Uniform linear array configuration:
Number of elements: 4
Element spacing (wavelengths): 0.75
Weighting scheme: exponential
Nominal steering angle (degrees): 15
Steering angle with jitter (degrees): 15.052
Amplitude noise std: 0.05
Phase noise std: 0.05

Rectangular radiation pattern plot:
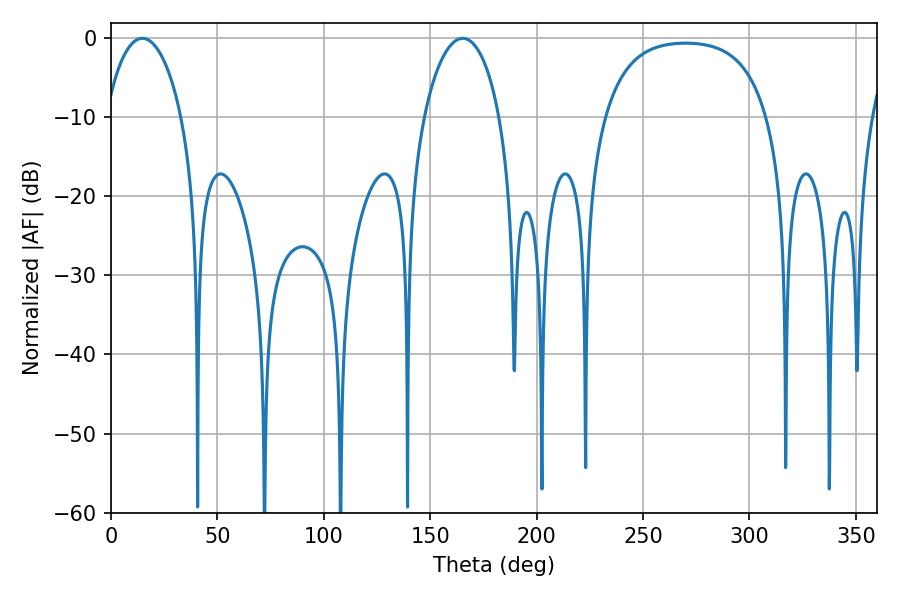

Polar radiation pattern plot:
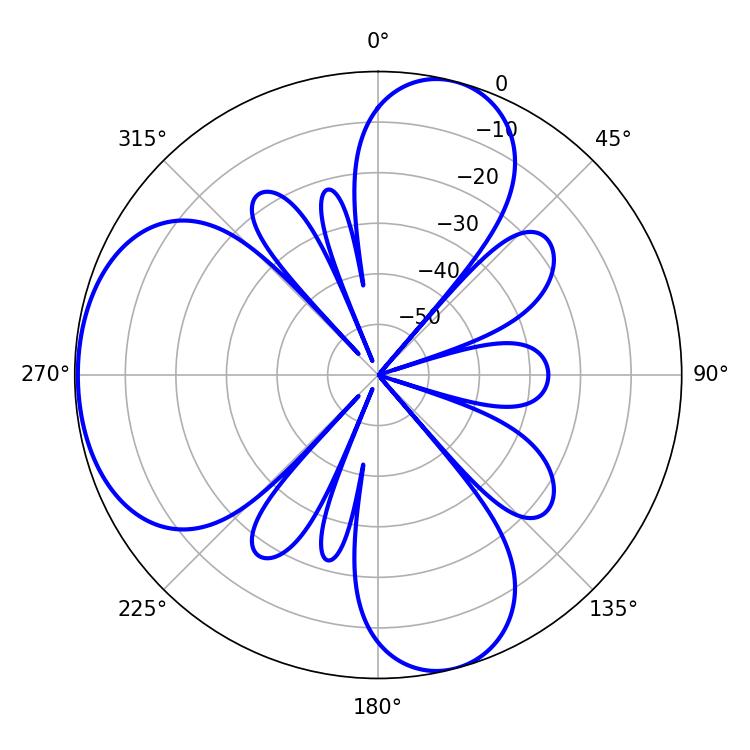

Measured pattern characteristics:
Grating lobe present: TRUE
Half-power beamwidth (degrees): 20.16
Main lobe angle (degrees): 14.76